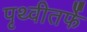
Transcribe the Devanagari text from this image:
पृथ्वीतर्फे